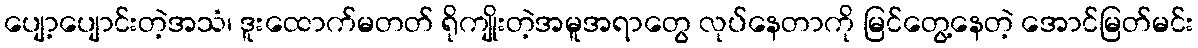
ပျော့ပျောင်းတဲ့အသံ၊ ဒူးထောက်မတတ် ရိုကျိုးတဲ့အမူအရာတွေ လုပ်နေတာကို မြင်တွေ့နေတဲ့ အောင်မြတ်မင်း